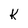
Character: k